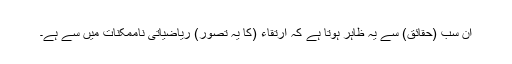
اِن سب (حقائق) سے یہ ظاہر ہوتا ہے کہ اِرتقاء (کا یہ تصوّر) ریاضیاتی ناممکنات میں سے ہے۔